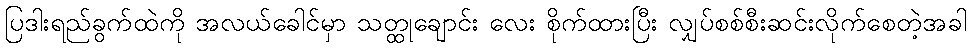
ပြဒါးရည်ခွက်ထဲကို အလယ်ခေါင်မှာ သတ္ထုချောင်း လေး စိုက်ထားပြီး လျှပ်စစ်စီးဆင်းလိုက်စေတဲ့အခါ